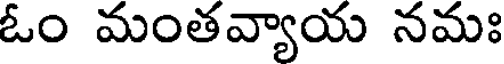
ఓం మంతవ్యాయ నమః